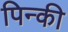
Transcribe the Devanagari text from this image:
पिन्की